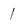
Character: 1